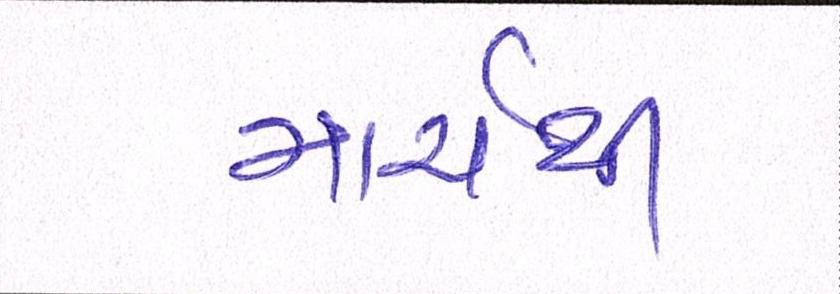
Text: માર્ચથી